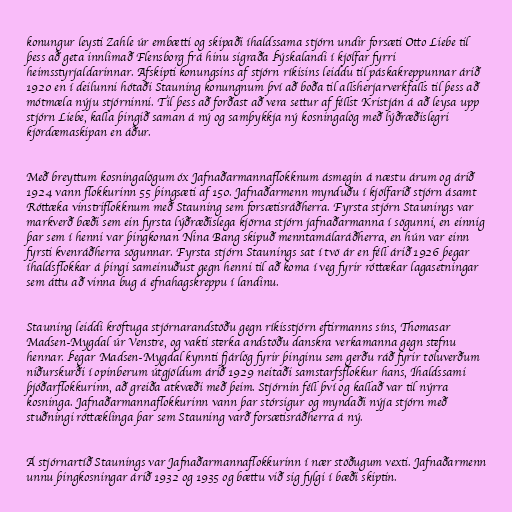
konungur leysti Zahle úr embætti og skipaði íhaldssama stjórn undir forsæti Otto Liebe til
þess að geta innlimað Flensborg frá hinu sigraða Þýskalandi í kjölfar fyrri
heimsstyrjaldarinnar. Afskipti konungsins af stjórn ríkisins leiddu til páskakreppunnar árið
1920 en í deilunni hótaði Stauning konungnum því að boða til allsherjarverkfalls til þess að
mótmæla nýju stjórninni. Til þess að forðast að vera settur af féllst Kristján á að leysa upp
stjórn Liebe, kalla þingið saman á ný og samþykkja ný kosningalög með lýðræðislegri
kjördæmaskipan en áður.

Með breyttum kosningalögum óx Jafnaðarmannaflokknum ásmegin á næstu árum og árið
1924 vann flokkurinn 55 þingsæti af 150. Jafnaðarmenn mynduðu í kjölfarið stjórn ásamt
Róttæka vinstriflokknum með Stauning sem forsætisráðherra. Fyrsta stjórn Staunings var
markverð bæði sem ein fyrsta lýðræðislega kjörna stjórn jafnaðarmanna í sögunni, en einnig
þar sem í henni var þingkonan Nina Bang skipuð menntamálaráðherra, en hún var einn
fyrsti kvenráðherra sögunnar. Fyrsta stjórn Staunings sat í tvö ár en féll árið 1926 þegar
íhaldsflokkar á þingi sameinuðust gegn henni til að koma í veg fyrir róttækar lagasetningar
sem áttu að vinna bug á efnahagskreppu í landinu.

Stauning leiddi kröftuga stjórnarandstöðu gegn ríkisstjórn eftirmanns síns, Thomasar
Madsen-Mygdal úr Venstre, og vakti sterka andstöðu danskra verkamanna gegn stefnu
hennar. Þegar Madsen-Mygdal kynnti fjárlög fyrir þinginu sem gerðu ráð fyrir töluverðum
niðurskurði í opinberum útgjöldum árið 1929 neitaði samstarfsflokkur hans, Íhaldssami
þjóðarflokkurinn, að greiða atkvæði með þeim. Stjórnin féll því og kallað var til nýrra
kosninga. Jafnaðarmannaflokkurinn vann þar stórsigur og myndaði nýja stjórn með
stuðningi róttæklinga þar sem Stauning varð forsætisráðherra á ný.

Á stjórnartíð Staunings var Jafnaðarmannaflokkurinn í nær stöðugum vexti. Jafnaðarmenn
unnu þingkosningar árið 1932 og 1935 og bættu við sig fylgi í bæði skiptin.